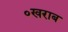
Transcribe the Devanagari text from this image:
॰खराब